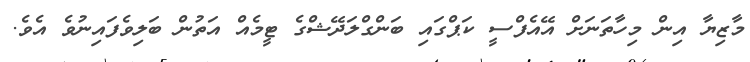
މާޒިޔާ އިން މިހާތަނަށް އޭއެފްސީ ކަޕްގައި ބަންގްލަދޭޝްގެ ޓީމެއް އަތުން ބަލިވެފައިނުވެ އެވެ.